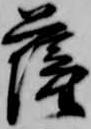
薩